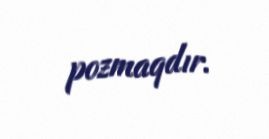
pozmaqdır.